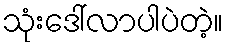
သုံးဒေါ်လာပါပဲတဲ့။